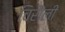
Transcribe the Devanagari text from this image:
चिरौली